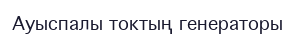
Ауыспалы токтың генераторы